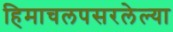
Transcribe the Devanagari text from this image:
हिमाचलपसरलेल्या